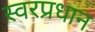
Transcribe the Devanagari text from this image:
स्वरप्रधान